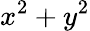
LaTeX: x^{2}+y^{2}